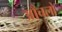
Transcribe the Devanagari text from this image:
आँचलों